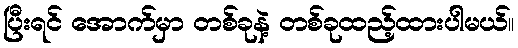
ပြီးရင် အောက်မှာ တစ်ခုနဲ့ တစ်ခုထည့်ထားပါမယ်။